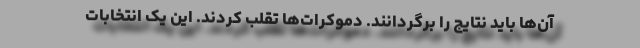
آن‌ها باید نتایج را برگردانند. دموکرات‌ها تقلب کردند. این یک انتخابات